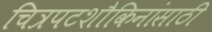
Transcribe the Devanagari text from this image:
चित्रपटशौकिनांसाठी